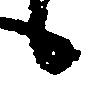
候